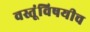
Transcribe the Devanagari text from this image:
वस्तूंविषयीच